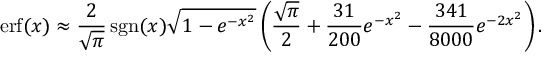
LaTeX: \operatorname { e r f } ( x ) \approx { \frac { 2 } { \sqrt { \pi } } } \operatorname { s g n } ( x ) { \sqrt { 1 - e ^ { - x ^ { 2 } } } } \left( { \frac { \sqrt { \pi } } { 2 } } + { \frac { 3 1 } { 2 0 0 } } e ^ { - x ^ { 2 } } - { \frac { 3 4 1 } { 8 0 0 0 } } e ^ { - 2 x ^ { 2 } } \right) .